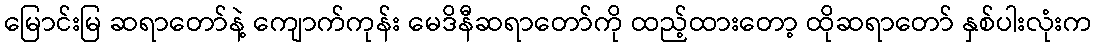
မြောင်းမြ ဆရာတော်နဲ့ ကျောက်ကုန်း မေဒိနီဆရာတော်ကို ထည့်ထားတော့ ထိုဆရာတော် နှစ်ပါးလုံးက